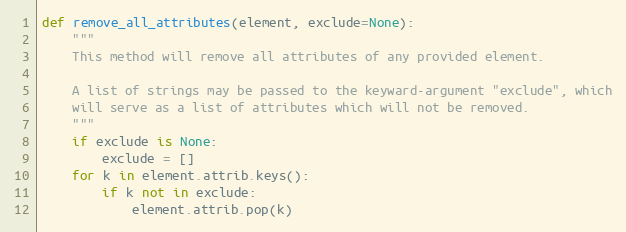
Language: Python
def remove_all_attributes(element, exclude=None):
    """
    This method will remove all attributes of any provided element.

    A list of strings may be passed to the keyward-argument "exclude", which
    will serve as a list of attributes which will not be removed.
    """
    if exclude is None:
        exclude = []
    for k in element.attrib.keys():
        if k not in exclude:
            element.attrib.pop(k)